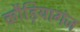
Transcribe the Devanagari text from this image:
कौड़ियागंज